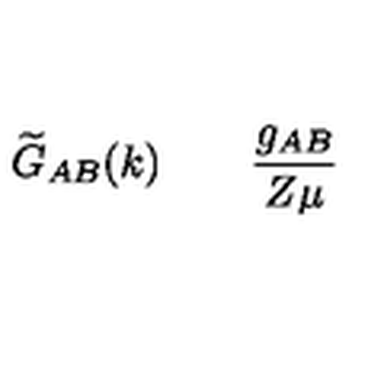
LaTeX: \widetilde { G } _ { A B } ( k ) \quad \raisebox { - 0 . 2 c m } { = \atop { \scriptscriptstyle \mu \sim 0 } } \quad \frac { g _ { A B } } { Z \mu }